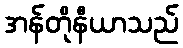
အန်တိုနီယာသည်